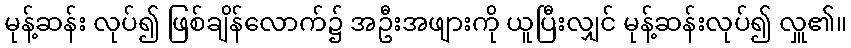
မုန့်ဆန်း လုပ်၍ ဖြစ်ချိန်လောက်၌ အဦးအဖျားကို ယူပြီးလျှင် မုန့်ဆန်းလုပ်၍ လှူ၏။